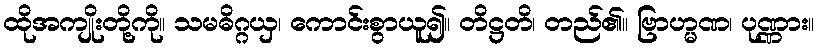
ထိုအကျိုးတို့ကို။ သမဓိဂ္ဂယှ၊ ကောင်းစွာယူ၍။ တိဋ္ဌတိ၊ တည်၏။ ဗြာဟ္မဏ၊ ပုဏ္ဏား။